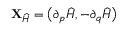
{ \mathbf { X } } _ { \widehat { H } } = \big ( \partial _ { p } \widehat { H } , - \partial _ { q } \widehat { H } \big )